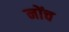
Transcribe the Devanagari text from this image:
नोंच